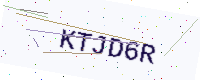
Text: KTJD6R